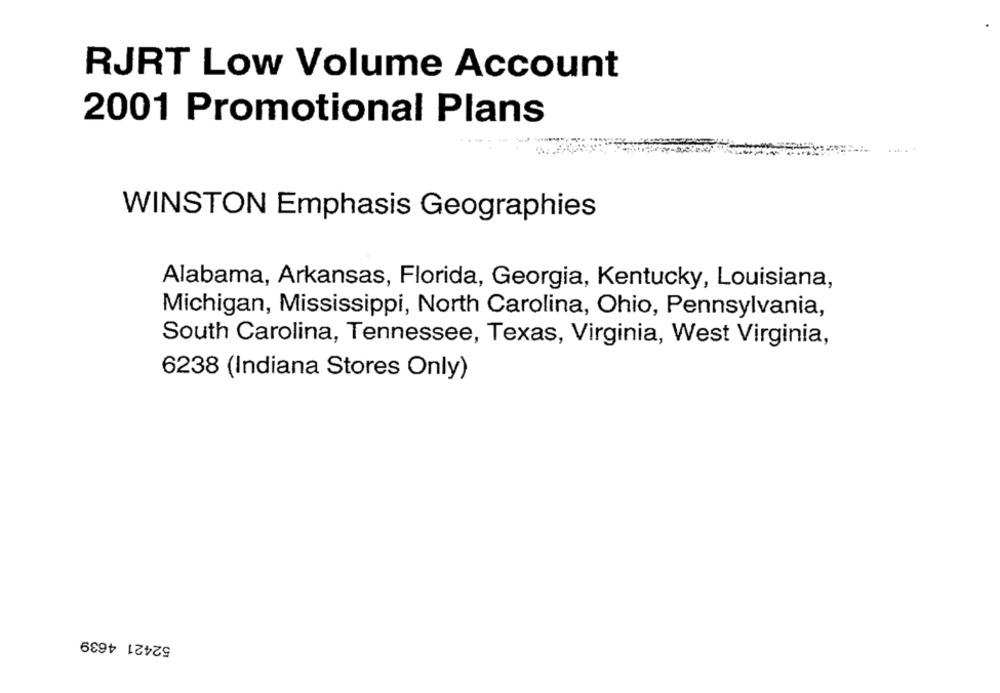
RJRT Low Volume Account
2001 Promotional Plans
WINSTON Emphasis Geographies
Alabama, Arkansas, Florida, Georgia, Kentucky, Louisiana,
Michigan, Mississippi, North Carolina, Ohio, Pennsylvania,
South Carolina, Tennessee, Texas, Virginia, West Virginia,
6238 (Indiana Stores Only)
52421 4639